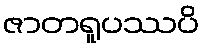
ဇာတရူပဿပိ